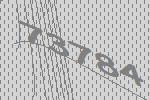
73784